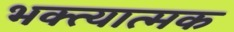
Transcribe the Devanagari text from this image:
भक्त्यात्मक